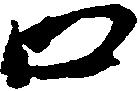
口